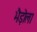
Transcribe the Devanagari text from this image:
भैड़ोला